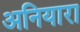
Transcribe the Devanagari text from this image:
अनियारा